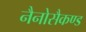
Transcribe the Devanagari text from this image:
नैनोसैकण्ड